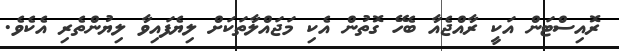
ރޮއިސްޓަން އަކީ ރާއްޖެއާ ބެހޭ ގޮތުން އެކި މަޖައްލާތަކަށް ލިޔެފައިވާ ލިޔުންތެރި އެކެވެ.